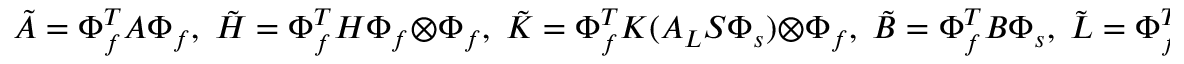
\tilde { A } = \Phi _ { f } ^ { T } A \Phi _ { f } , \; \tilde { H } = \Phi _ { f } ^ { T } H \Phi _ { f } \otimes \Phi _ { f } , \; \tilde { K } = \Phi _ { f } ^ { T } K ( A _ { L } S \Phi _ { s } ) \otimes \Phi _ { f } , \; \tilde { B } = \Phi _ { f } ^ { T } B \Phi _ { s } , \; \tilde { L } = \Phi _ { f } ^ { T } L , \; \tilde { C } = \Phi _ { f } ^ { T } C ,